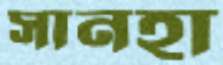
সানহা